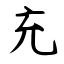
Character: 充